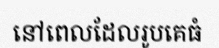
នៅពេលដែលរូបគេធំ